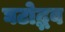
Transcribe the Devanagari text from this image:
घटोद्भव